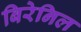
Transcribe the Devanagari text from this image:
बिरेनिल